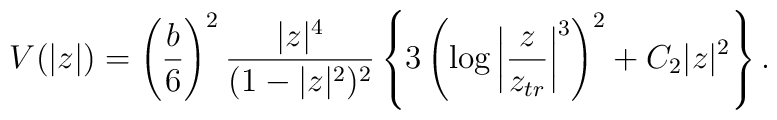
V(|z|) = \left(\frac{b}{6}\right)^2 \frac{|z|^4}{(1-|z|^2)^2} \left\{ 3\left(\log \left|\frac{z}{z_{tr}} \right|^3 \right)^2 +C_2|z|^2 \right\}.